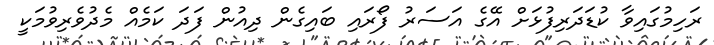
ރަހިމުގައިވާ ކުޑަދަރިފުޅަށް އޭގެ އަސަރު ފޯރައި ބައިގެން ދިއުން ފަދަ ކަމެއް މެދުވެރިވުމަކީ